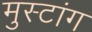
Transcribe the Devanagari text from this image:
मुस्टांग